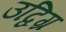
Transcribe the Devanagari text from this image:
उद्विग्र